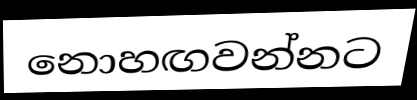
නොහඟවන්නට